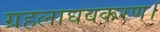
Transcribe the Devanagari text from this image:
ग्रहलाघवकरण।